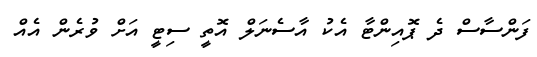
ފަންސާސް ދެ ޕޮއިންޓާ އެކު އާސެނަލް އޮތީ ސިޓީ އަށް ވުރެން އެއް